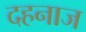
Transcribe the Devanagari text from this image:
दहनाज